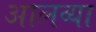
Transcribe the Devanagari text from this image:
आलव्या